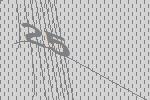
25